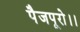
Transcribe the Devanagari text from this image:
पैजपूरो।।